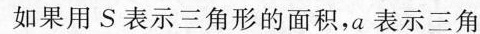
如果用S表示三角形的面积，a表示三角